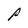
Character: P